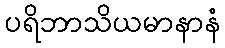
ပရိဘာသိယမာနာနံ